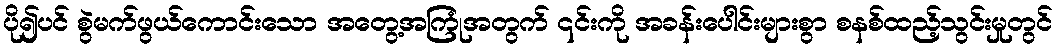
ပို၍ပင် စွဲမက်ဖွယ်ကောင်းသော အတွေ့အကြုံအတွက် ၎င်းကို အခန်းပေါင်းများစွာ စနစ်ထည့်သွင်းမှုတွင်